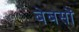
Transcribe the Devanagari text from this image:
बेबसों